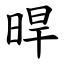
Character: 晘